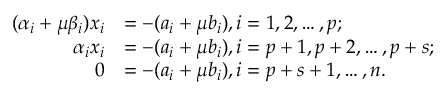
\begin{array} { r l } { ( \alpha _ { i } + \mu \beta _ { i } ) x _ { i } } & { = - ( a _ { i } + \mu b _ { i } ) , i = 1 , 2 , \ldots , p ; } \\ { \alpha _ { i } x _ { i } } & { = - ( a _ { i } + \mu b _ { i } ) , i = p + 1 , p + 2 , \ldots , p + s ; } \\ { 0 } & { = - ( a _ { i } + \mu b _ { i } ) , i = p + s + 1 , \ldots , n . } \end{array}